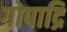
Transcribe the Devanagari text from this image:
गोपाद्रि